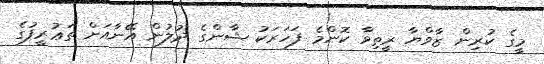
މީގެ ކުރިން ޒާވްޔާ ރީތިވާ ކޮންމެ ފަހަރަކު ޝާންގެ ދުލުން އޭނާއަށް ތަޢުރީފުގެ